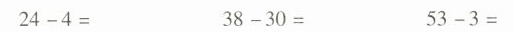
$$2 4 -4 =$$ $$3 8 - 3 0 =$$ $$5 3 - 3 =$$